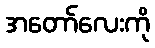
အတော်လေးကို